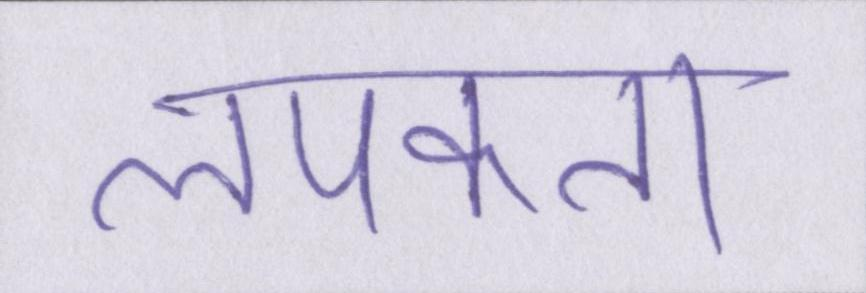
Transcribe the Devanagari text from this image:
लपकता